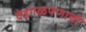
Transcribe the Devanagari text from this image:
वेडगळपणाची